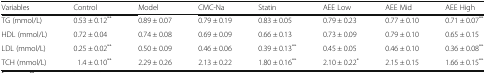
| Variables | Control | Model | CMC-Na | Statin | AEE Low | AEE Mid | AEE High |
 | --- | --- | --- | --- | --- | --- | --- | --- |
 | TG (mmol/L) | 0.53 ± 0.12** | 0.89 ± 0.07 | 0.79 ± 0.19 | 0.83 ± 0.05 | 0.79 ± 0.23 | 0.77 ± 0.10 | 0.71 ± 0.07** |
 | HDL (mmol/L) | 0.72 ± 0.04 | 0.74 ± 0.08 | 0.69 ± 0.09 | 0.66 ± 0.13 | 0.73 ± 0.09 | 0.79 ± 0.10 | 0.65 ± 0.15 |
 | LDL (mmol/L) | 0.25 ± 0.02** | 0.50 ± 0.09 | 0.46 ± 0.06 | 0.39 ± 0.13** | 0.45 ± 0.05 | 0.46 ± 0.10 | 0.36 ± 0.08** |
 | TCH (mmol/L) | 1.4 ± 0.10** | 2.29 ± 0.26 | 2.13 ± 0.22 | 1.80 ± 0.16** | 2.10 ± 0.22* | 2.15 ± 0.15 | 1.66 ± 0.15** |